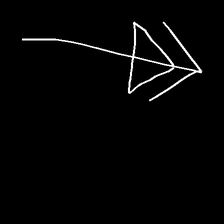
Glyph: pull